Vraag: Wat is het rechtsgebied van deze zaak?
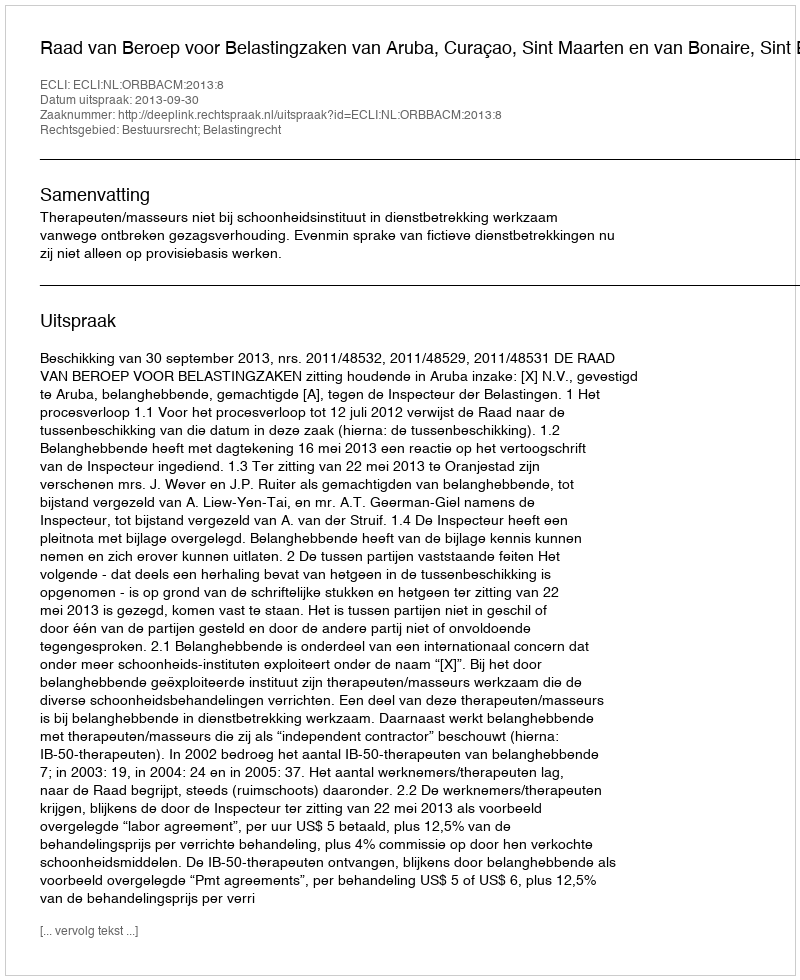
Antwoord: Bestuursrecht; Belastingrecht